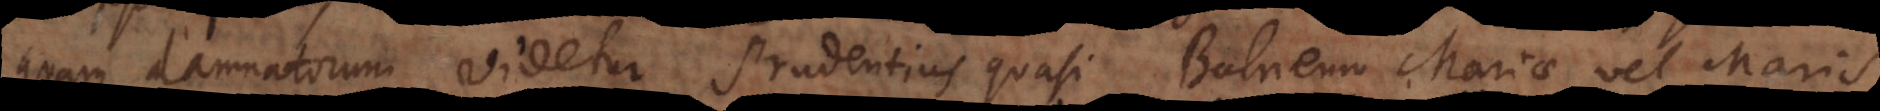
quam damnatorum videtur Prudentius quasi Balneum Mariae vel Maris